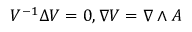
V ^ { - 1 } \Delta V = 0 , \nabla V = \nabla \wedge A